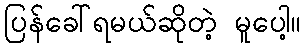
ပြန်ခေါ်ရမယ်ဆိုတဲ့ မူပေါ့။